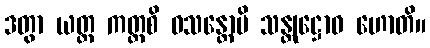
ဒတွာ ယတ္ထ ကတ္ထစိ ဝသန္တောပိ သန္တုဋ္ဌောဝ ဟောတိ။